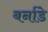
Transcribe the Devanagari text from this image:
बर्नाडे